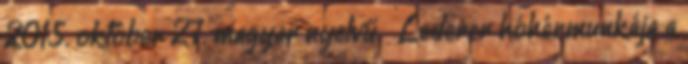
2015. október 27. magyar nyelvű ↑ Lederer hóhérmunkája a